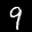
Label: 9